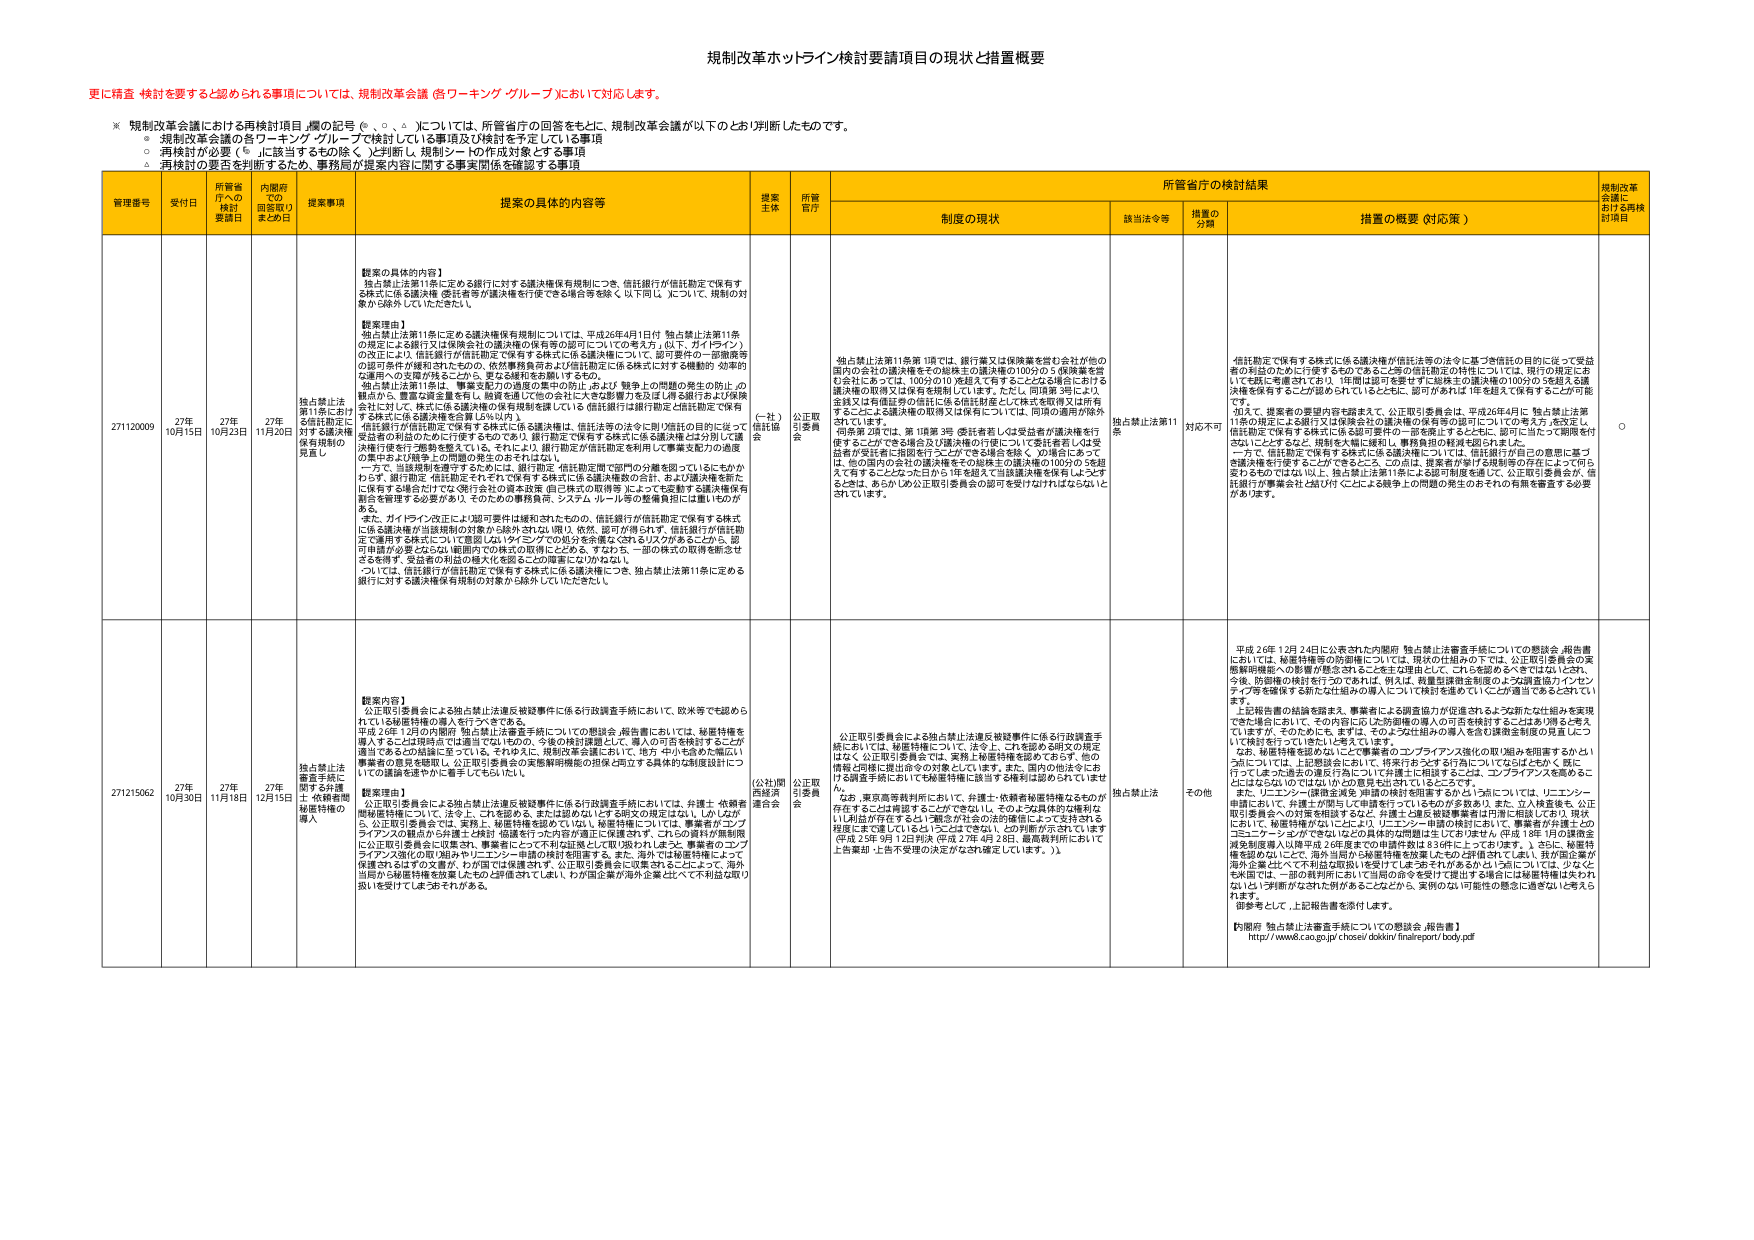
規制改革ホットライン検討要請項目の現状と措置概要

更に精査・検討を要すると認められる事項については、規制改革会議（各ワーキング・グループ）において対応します。

※ 規制改革会議における再検討項目（欄の記号 ◎、○、△）については、所管省庁の回答をもとに、規制改革会議が以下のとおり判断したものです。
○ 規制改革会議の各ワーキング・グループで検討している事項及び検討を予定している事項
○ 再検討が必要（◎）に該当するもの除く）と判断し、規制シートの作成対象とする事項
△ 再検討の要否を判断するため、事務局が提案内容に関する事実関係を確認する事項

管理番号 受付日 所管省庁への検討要請日 内閣府での回答取りまとめ日 提案事項 提案の具体的な内容等 提案主体 所管省庁 所管省庁の検討結果 規制改革会議における再検討項目
制度の現状 該当法令等 措置の分類 措置の概要（対応等）

271120009 27年10月15日 27年10月23日 27年11月20日 独占禁止法第11条における信託勘定に対する議決権保有規制の見直し 【提案の具体的な内容】
独占禁止法第11条に定める銀行に対する議決権保有規制につき、信託銀行が信託勘定で保有する株式に係る議決権（委託者等が議決権を行使できる場合等を除く）以下同じ。）について、規制の対象から除外していただきたい。

【提案理由】
独占禁止法第11条に定める議決権保有規制については、平成26年4月1日付「独占禁止法第11条の規定による銀行又は保険会社の議決権の保有等の認可についての考え方」（以下、「ガイドライン」）の改正により、信託銀行が信託勘定で保有する株式に係る議決権については、認可要件の一部強度等の認可要件が緩和されたものの、依然事務負担および信託勘定に係る株式に対する機動的・効率的な運用への支障が残ることから、更なる緩和を余儀なくされる。

独占禁止法第11条は、事業支配力の過度の集中の防止、および「競争上の問題の発生の防止」の観点から、重要な経済意義を有し、競争を適正化等の会社に大きな影響力を及ぼすような銀行および保険会社に対して、株式に係る議決権の保有規制を課している（信託銀行は銀行勘定と信託勘定で保有する株式に係る議決権を合算しない以外）。

信託銀行が信託勘定で保有する株式に係る議決権は、信託法令の法令に則り信託の目的に従って受益者の利益のために行使するものであり、銀行勘定で保有する株式に係る議決権とは分離して議決権行使を行う態勢を整えている。それにより、銀行勘定が信託勘定を利用した事業支配力の過度の集中および競争上の問題の発生の恐れは小さい。

一方で、当該規制を遵守するためには、銀行勘定・信託勘定間で部門の分離を図っているにもかかわらず、銀行勘定、信託勘定それぞれで保有する株式に係る議決権数の合計、および議決権を新たに保有する場合も対応可能である。個々株式の取得等、によっても動かす議決権数を割合を管理する必要があり、そのための事務負担、システム・ルール等の整備負担には違いものがある。

また、ガイドライン改正により認可要件は緩和されたものの、信託銀行が信託勘定で保有する株式に係る議決権が当該規制の対象から除外されない限り、依然、認可が得られず、信託銀行が信託勘定で運用する株式について意図しないタイミングでの処分を余儀なくされるリスクがあることから、認可申請が必要とならない範囲内での株式の取得にとどめる、すなわち、一部の株式の取得を断念せざるを得ず、受益者の利益の最大化を図ることが困難となりかねない。

ついては、信託銀行が信託勘定で保有する株式に係る議決権につき、独占禁止法第11条に定める銀行に対する議決権保有規制の対象から除外していただきたい。

（一社）信託協会 公正取引委員会 独占禁止法第11条 対応不可 信託勘定で保有する株式に係る議決権が信託法等の法令に基づき信託の目的に従って受益者の利益のために行使するものであることが信託勘定の特性については、現行の規定にあり、信託勘定で保有する株式に係る議決権の信託勘定の100分の1を超える議決権を保有することが認められているとともに、認可があれば1年を超えて保有することが可能である。

加えて、提案者の要望内容を踏まえて、公正取引委員会は、平成26年4月に「独占禁止法第11条の規定による銀行又は保険会社の議決権の保有等の認可についての考え方」を改正し、信託勘定で保有する株式に係る議決権の一部を除去することなど、認可に当たり柔軟性を付与したところである。規制を大幅に緩和し、事務負担の軽減を図りました。

一方で、信託勘定で保有する株式に係る議決権については、信託銀行が自己の意思に基づき議決権を行使することができるところ、この点は、提案者が著しく意見の存在によって何ら変わるのではないか。独占禁止法第11条による認可制度を廃止し、公正取引委員会が、信託銀行が事業会社と結び付くことによる競争上の問題の発生のおそれの有無を審査する必要がある。

○

271215062 27年10月30日 27年11月18日 27年12月15日 独占禁止法審査手続に関する外国法整備等の導入 【提案内容】
公正取引委員会による独占禁止法違反被疑事件に係る行政調査手続において、欧米等でも認められている秘密保持権の導入を行うべきである。

平成26年12月に内閣府「独占禁止法審査手続についての懸念点・報告書」においては、秘密保持権を導入することは現時点では適当ではないものの、今後の検討課題として、導入の可否を検討することが適当であるとの結論に至っている。それゆえに、規制改革会議において、地方・中小企業の幅広い事業者の意見を聴取し、公正取引委員会の実施解釈機関の担保と独立する具体的な制度設計についての議論を速やかに重ねてもらいたい。

【提案理由】
公正取引委員会による独占禁止法違反被疑事件に係る行政調査手続においては、弁護士・依頼者間秘密保持権について、法令上、これを見送る。または認めないという明文の規定はない。しかしながら、公正取引委員会では、事実上、秘密保持を認めていない。秘密保持については、事業者がコンプライアンスの観点から弁護士・依頼者間で法的合意を結ぶことが可能である。これらの資料が無制限に公正取引委員会に収集され、事業者にとって不利益に適応して取り扱われれば、事業者のコンプライアンス強化の取り組みやリーニン・申請の検討を阻害する。また、現状では秘密保持によって保護されるはずの文書が、わが国では保護されず、公正取引委員会に収集されることによって、海外当局の情報保持を妨害したり、公的機関に対して、わが国企業が海外企業と比べて不利な取り扱いを受けてしまうおそれがある。

（公益財団法人）商法研究会 公正取引委員会 独占禁止法 その他 平成26年12月24日に公表された内閣府「独占禁止法審査手続についての懸念点・報告書」においては、秘密保持等の防衛権については、現状の仕組みの下では、公正取引委員会の実施解釈機関への影響が懸念されることを主な理由として、これを認めるべきではないとされ、今後、防衛権の検討を行うことである。例えば、裁量罰則制度創設のような調査協力インセンティブ等を確保する新たな仕組みの導入について検討を進めていることが適当であるとされている。

上記報告書の結論を踏まえ、事業者による調査協力が促進されるような新たな仕組みを実現できた場合において、その内容に応じた防衛権の導入の可否を検討することはあり得ると考えていますが、そのためには、まずは、そのような仕組みの導入を含む調査制度の見直しについて検討を行っていきたいと考えています。

なお、秘密保持を認めないことで事業者のコンプライアンス強化の取り組みを阻害するかという点については、上記懸念点において、将来行われる可能性についてはなにもなく、現時点では、上記の調査手続において、事業者が弁護士とのコンプライアンスを強めることがなされるのではないかとの意見も出ているところです。

また、リーニン（調査金等）申請の検討を阻害するかという点については、リーニン申請において、弁護士が関与して申請を行うというものが多数あり、また、立入検査後も、公正取引委員会への対策を相談するなど、弁護士と連携を密に保つことが一般的であり、現状において、秘密保持がないことにより、リーニン申請の検討において、事業者が弁護士とのコンプライアンスができないなどの具体的な問題は生じておりません（平成18年1月の調査金減免制度導入以降平成26年までの申請件数は836件に上っております）。さらに、秘密保持を認めないことで、海外当局の秘密保持を妨害するとの指摘に対しては、現状の企業が海外企業と比べて不利な取扱いを受けてしまうおそれがあるかという点については、少なくとも、一部の裁判所において当該の旨を受けて提出する場合には秘密保持はされないという判断がなされた例があることから、実例のない可能性の懸念に過ぎないと考えられます。

御参考として、上記報告書を添付します。

【内閣府「独占禁止法審査手続についての懸念点・報告書」】
http://www.cao.go.jp/chosel/dokkiri/finalreport/body.pdf